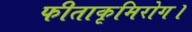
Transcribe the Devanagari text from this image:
फीताकृमिरोग।